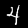
Label: 4